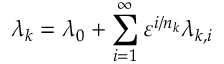
\lambda _ { k } = \lambda _ { 0 } + \sum _ { i = 1 } ^ { \infty } \varepsilon ^ { i / n _ { k } } \lambda _ { k , i }